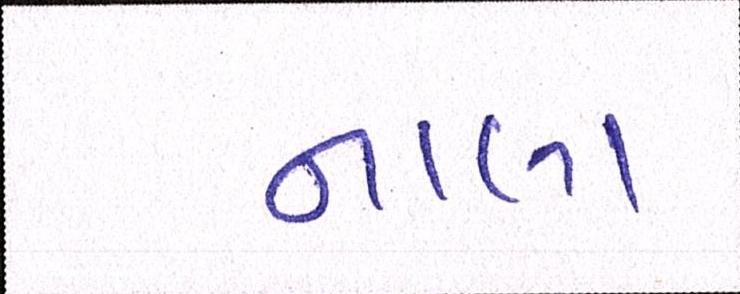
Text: નાલા